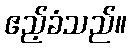
ဧည့်ခံသည်။